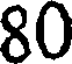
80